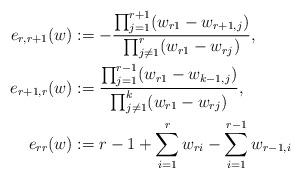
LaTeX: \begin{align*}e_{r,r+1}(w)&:=- \frac{\prod_{j=1}^{r+1}(w_{r1}-w_{r+1,j})}{\prod_{j\neq 1}^{r}(w_{r1}-w_{rj})},\\e_{r+1,r}(w)&:= \frac{\prod_{j=1}^{r-1}(w_{r1}-w_{k-1,j})}{\prod_{j\neq 1}^{k}(w_{r1}-w_{rj})},\\e_{rr}(w)&:=r-1+\sum\limits_{i=1}^{r}w_{ri}-\sum\limits_{i=1}^{r-1}w_{r-1,i}\end{align*}